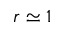
r \simeq 1